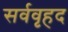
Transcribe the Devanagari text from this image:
सर्ववृहद